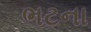
ભટના